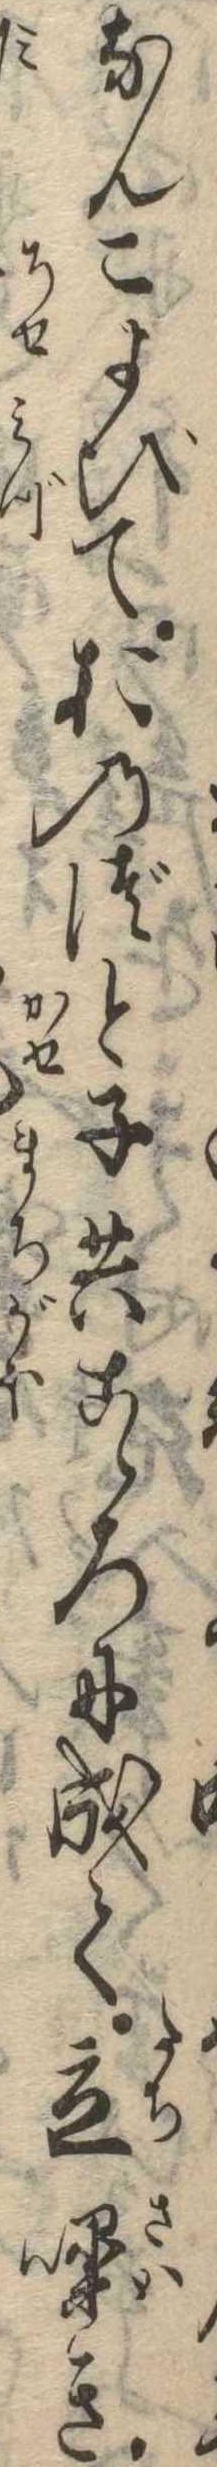
なんこよびておのづと子共こゝろに成て立噪き